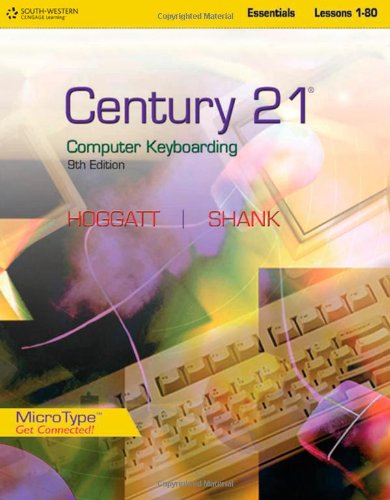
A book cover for Century 21(TM) Computer Keyboarding, Lessons 1-80 (Century 21 Keyboarding); Jack P. Hoggatt; Children's Books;